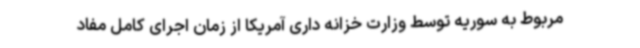
مربوط به سوریه توسط وزارت خزانه داری آمریکا از زمان اجرای کامل مفاد